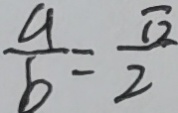
\frac { a } { b } = \frac { \sqrt { 2 } } { 2 }